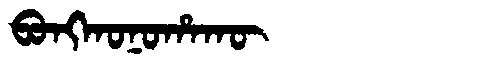
Manchu: ᠪᠣᠩᡴᠣᠨᠣᡥᠠᡴᡡ
Romanization: BONGKONOHAKŪ